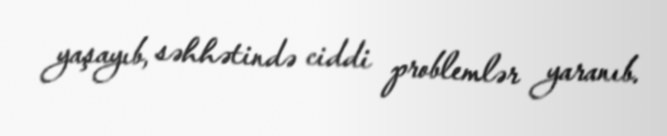
yaşayıb, səhhətində ciddi problemlər yaranıb.